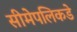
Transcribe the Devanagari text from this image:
सीमेपलिकडे